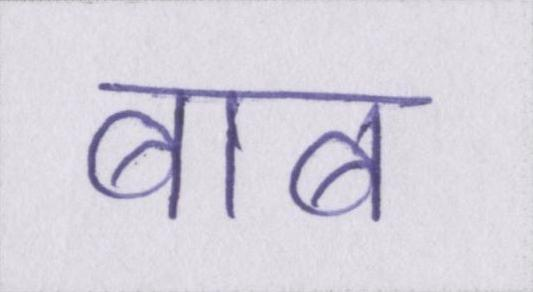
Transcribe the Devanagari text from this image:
बाब